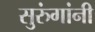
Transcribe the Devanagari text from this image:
सुरुंगांनी